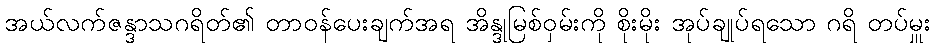
အယ်လက်ဇန္ဒာသဂရိတ်၏ တာဝန်ပေးချက်အရ အိန္ဒုမြစ်ဝှမ်းကို စိုးမိုး အုပ်ချုပ်ရသော ဂရိ တပ်မှူး